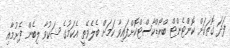
ފަދަ ގޮތަކަށް ކޮންޓެންޓް ބްރޯޑްކާސްޓްކޮށްފައިވާ ކަމަށް ބެލެވޭތީ އެކަމުގެ ޝަކުވާ ލިބެން ފެށުމާއި